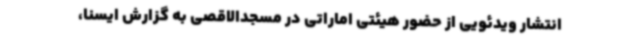
انتشار ویدئویی از حضور هیئتی اماراتی در مسجدالاقصی به گزارش ایسنا،